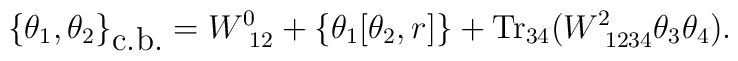
\{\theta_1,\theta_2\}_{\mbox{c.b.}}=W^{0}_{~12}+ \left\{\theta_1[\theta_2,r]\right\}+\mbox{Tr}_{34}(W^2_{~1234}\theta_3\theta_4).